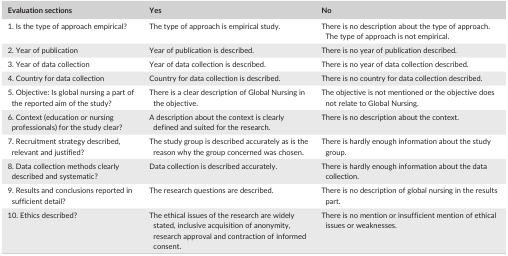
| Evaluation sections | Yes | No |
 | --- | --- | --- |
 | 1. Is the type of approach empirical? | The type of approach is empirical study. | There is no description about the type of approach. The type of approach is not empirical. |
 | 2. Year of publication | Year of publication is described. | There is no year of publication described. |
 | 3. Year of data collection | Year of data collection is described. | There is no year of data collection described. |
 | 4. Country for data collection | Country for data collection is described. | There is no country for data collection described. |
 | 5. Objective: Is global nursing a part of the reported aim of the study? | There is a clear description of Global Nursing in the objective. | The objective is not mentioned or the objective does not relate to Global Nursing. |
 | 6. Context (education or nursing professionals) for the study clear? | A description about the context is clearly defined and suited for the research. | There is no description about the context. |
 | 7. Recruitment strategy described, relevant and justified? | The study group is described accurately as is the reason why the group concerned was chosen. | There is hardly enough information about the study group. |
 | 8. Data collection methods clearly described and systematic? | Data collection is described accurately. | There is hardly enough information about the data collection. |
 | 9. Results and conclusions reported in sufficient detail? | The research questions are described. | There is no description of global nursing in the results part. |
 | 10. Ethics described? | The ethical issues of the research are widely stated, inclusive acquisition of anonymity, research approval and contraction of informed consent. | There is no mention or insufficient mention of ethical issues or weaknesses. |